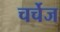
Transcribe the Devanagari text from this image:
चर्चेज